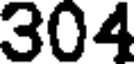
304